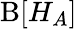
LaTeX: \textrm{B}[H_{A}]